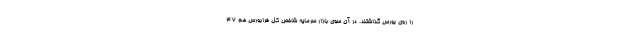
را روی بورس گذاشتند. در آن سوی بازار سرمایه شاخص کل فرابورس هم ۴۷